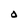
Character: O